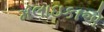
મલાઇકાએ